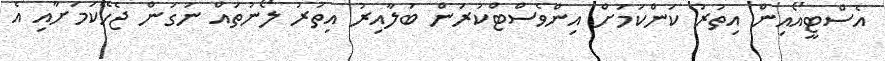
އެސްޓީއޯއިން އިތުރު ކަންކަމަށް އިންވެސްޓްކުރަން ބަލާއިރު އިތުރު ލޯނުތައް ނަގަން ޖެހޭކަމަށާއި އެ